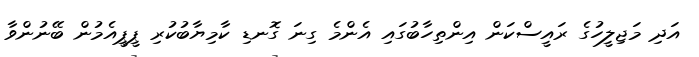
އަދި މަޖިލީހުގެ ރައީސްކަން އިންތިހާބުގައި އެންމެ ގިނަ ގޮނޑި ކާމިޔާބުކުރި ޕީޕީއެމުން ބޭނުންވާ